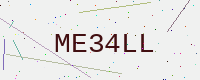
Text: ME34LL